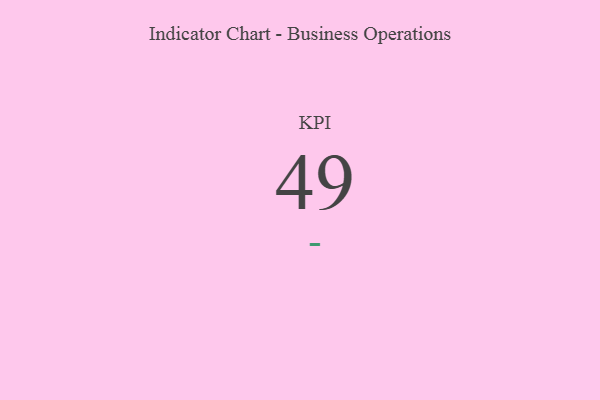
{"axis": {"x": "KPI", "y": "Value"}, "legend": [""], "data": [{"x": "KPI", "y": 49, "type": ""}]}